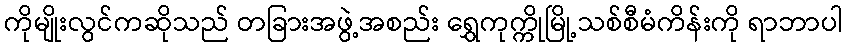
ကိုမျိုးလွင်ကဆိုသည် တခြားအဖွဲ့အစည်း ရွှေကုက္ကိုမြို့သစ်စီမံကိန်းကို ရာဘာပါ